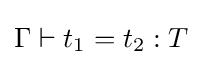
\Gamma \vdash t_{1}=t_{2}:T